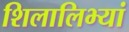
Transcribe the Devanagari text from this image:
शिलालिभ्यां